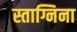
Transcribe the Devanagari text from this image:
स्ताग्निना